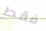
فقط